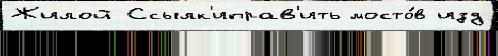
Жилой Ссылк'иправ'ить мосто́в изд